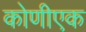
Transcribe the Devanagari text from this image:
कोणीएक